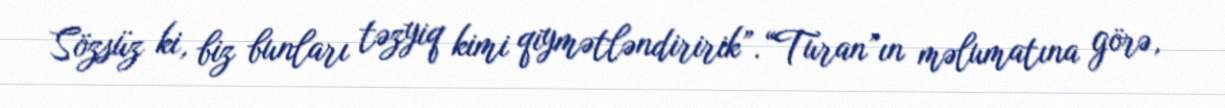
Sözsüz ki, biz bunları təzyiq kimi qiymətləndiririk”.“Turan”ın məlumatına görə,